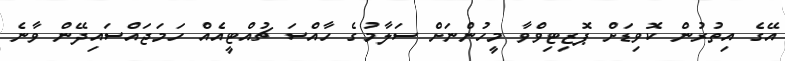
އޭގެ އިތުރުން ކޮވިޑަށް ޕޮޒިޓިވްވާ މީހުންނަށް ސަލާމުގެ ހާއްސަ ޗުއްޓީއެއް ހަމަޖައްސައިދޭން ވާނެ